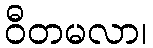
ဝီတမလာ၊